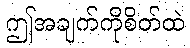
ဤအချက်ကိုစိတ်ထဲ